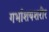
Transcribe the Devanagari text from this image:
गर्भाशयशरीर